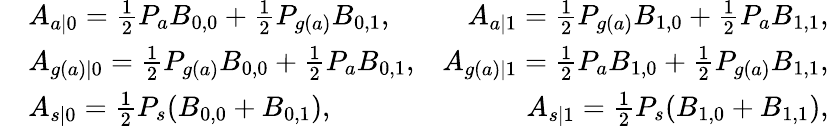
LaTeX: \begin{array}{rlr}&{A_{a|0}=\frac 12P_{a}B_{0,0}+\frac 12P_{g(a)}B_{0,1},}&{A_{a|1}=\frac 12P_{g(a)}B_{1,0}+\frac 12P_{a}B_{1,1},}\\ &{A_{g(a)|0}=\frac 12P_{g(a)}B_{0,0}+\frac 12P_{a}B_{0,1},}&{A_{g(a)|1}=\frac 12P_{a}B_{1,0}+\frac 12P_{g(a)}B_{1,1},}\\ &{A_{s|0}=\frac 12P_{s}(B_{0,0}+B_{0,1}),}&{A_{s|1}=\frac 12P_{s}(B_{1,0}+B_{1,1}),}\end{array}